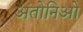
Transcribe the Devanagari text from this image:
अंतोनिओ